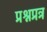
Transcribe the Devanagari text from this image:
प्रश्नप्रत्र